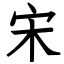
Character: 宋